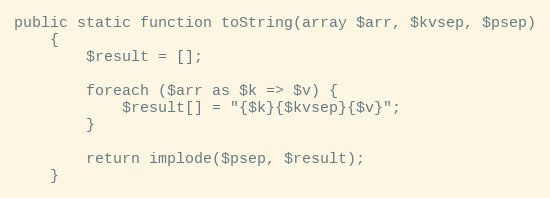
Language: PHP
public static function toString(array $arr, $kvsep, $psep)
    {
        $result = [];

        foreach ($arr as $k => $v) {
            $result[] = "{$k}{$kvsep}{$v}";
        }

        return implode($psep, $result);
    }